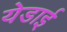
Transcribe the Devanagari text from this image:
येडाई